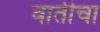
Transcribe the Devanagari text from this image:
वातीचा